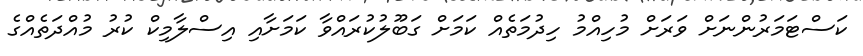
ކަސްޓަމަރުންނަށް ވަރަށް މުހިއްމު ހިދުމަތެއް ކަަމަށް ގަބޫލުކުރައްވާ ކަމަށާއި އިސްލާމިކް ކުރު މުއްދަތެއްގެ